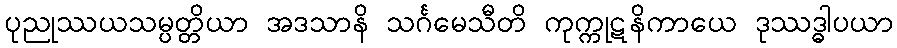
ပုညုဿယသမ္ပတ္တိယာ အဒသာနိ သင်္ဂမေသီတိ ကုက္ကုဋနိကာယေ ဒုဿဒ္ဓါပယာ